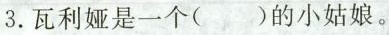
3.瓦利娅是一个()的小姑娘。